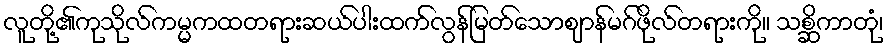
လူတို့၏ကုသိုလ်ကမ္မကထတရားဆယ်ပါးထက်လွန်မြတ်သောဈာန်မဂ်ဖိုလ်တရားကို။ သစ္ဆိကာတုံ၊